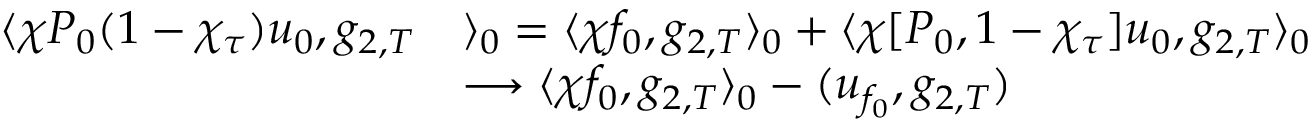
\begin{array} { r l } { \langle \chi P _ { 0 } ( 1 - \chi _ { \tau } ) u _ { 0 } , g _ { 2 , T } } & { \rangle _ { 0 } = \langle \chi f _ { 0 } , g _ { 2 , T } \rangle _ { 0 } + \langle \chi [ P _ { 0 } , 1 - \chi _ { \tau } ] u _ { 0 } , g _ { 2 , T } \rangle _ { 0 } } \\ & { \longrightarrow \langle \chi f _ { 0 } , g _ { 2 , T } \rangle _ { 0 } - ( u _ { f _ { 0 } } , g _ { 2 , T } ) } \end{array}